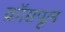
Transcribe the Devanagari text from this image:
क्रॉसपूल